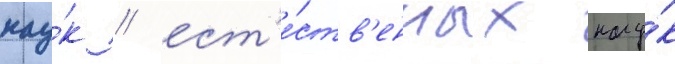
нау́к / ест'е́ств'енных нау́к